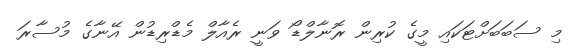
މި ސަބަބަށްޓަކައި މީގެ ކުރިން ރޮނާލްޑޯ ވަނީ ރެއާލް މެޑްރިޑުން އޭނާގެ މުސާރަ